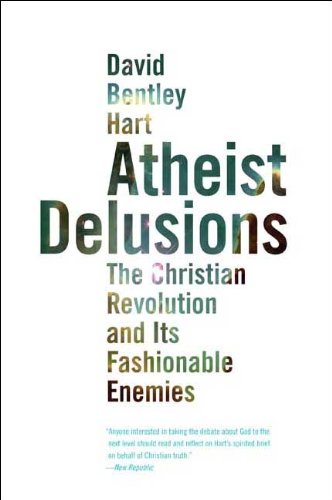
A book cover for Atheist Delusions: The Christian Revolution and Its Fashionable Enemies; David Bentley Hart; Religion & Spirituality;